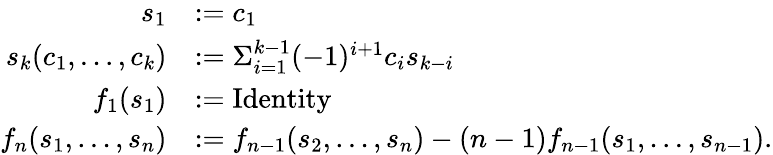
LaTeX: \begin{array}{rl}{s_{1}}&{:=c_{1}}\\ {s_{k}(c_{1},\ldots,c_{k})}&{:=\Sigma_{i=1}^{k-1}(-1)^{i+1}c_{i}s_{k-i}}\\ {f_{1}(s_{1})}&{:=\operatorname{Identity}}\\ {f_{n}(s_{1},\ldots,s_{n})}&{:=f_{n-1}(s_{2},\ldots,s_{n})-(n-1)f_{n-1}(s_{1},\ldots,s_{n-1}).}\end{array}